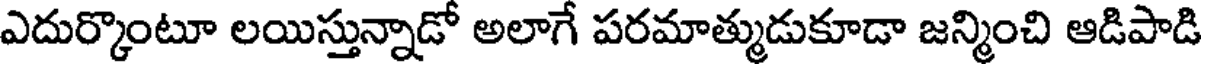
ఎదుర్కొంటూ లయిస్తున్నాడో అలాగే పరమాత్ముడుకూడా జన్మించి ఆడిపాడి